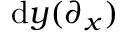
\mathrm { d } y ( \partial _ { x } )